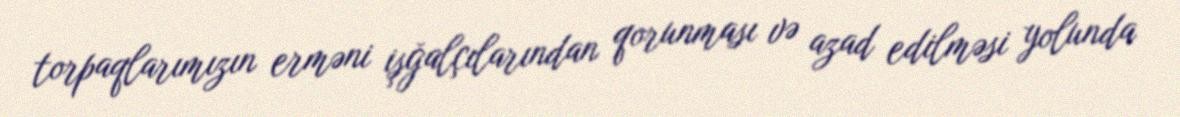
torpaqlarımızın erməni işğalçılarından qorunması və azad edilməsi yolunda